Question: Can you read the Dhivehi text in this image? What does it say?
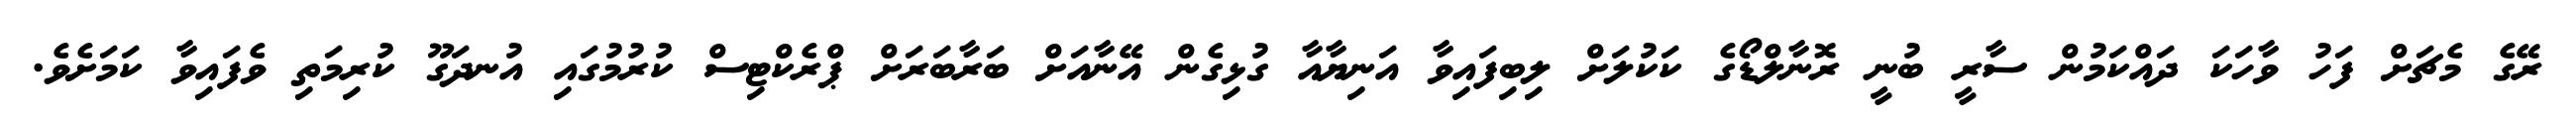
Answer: ރޭގެ މެޗަށް ފަހު ވާހަކަ ދައްކަމުން ސާރީ ބުނީ ރޮނާލްޑޯގެ ކަކުލަށް ލިބިފައިވާ އަނިޔާއާ ގުޅިގެން އޭނާއަށް ބަރާބަރަށް ޕްރެކްޓިސް ކުރުމުގައި އުނދަގޫ ކުރިމަތި ވެފައިވާ ކަމަށެވެ.